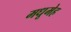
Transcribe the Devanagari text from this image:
मधूमेह